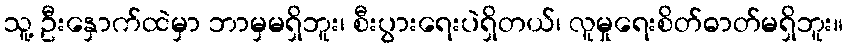
သူ့ ဦးနှောက်ထဲမှာ ဘာမှမရှိဘူး၊ စီးပွားရေးပဲရှိတယ်၊ လူမှုရေးစိတ်ဓာတ်မရှိဘူး။